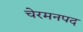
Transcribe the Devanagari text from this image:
चेरमनपद